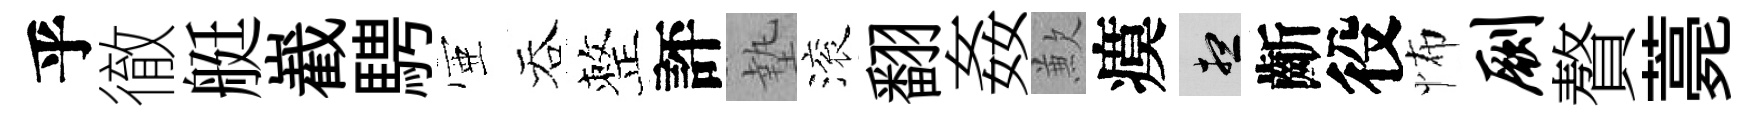
乎徹艇嶻騁壺吞整評墊滚翻姦歉瘼想齗役怖劂贅薧